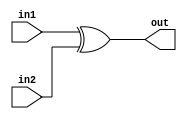
/*
    CS/ECE 552 FALL '22
    Homework #2, Problem 1

    2 input XOR
*/
module xor2 (out,in1,in2);
    output out;
    input in1,in2;
    assign out = in1 ^ in2;
endmodule